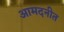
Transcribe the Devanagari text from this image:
आमदनीत